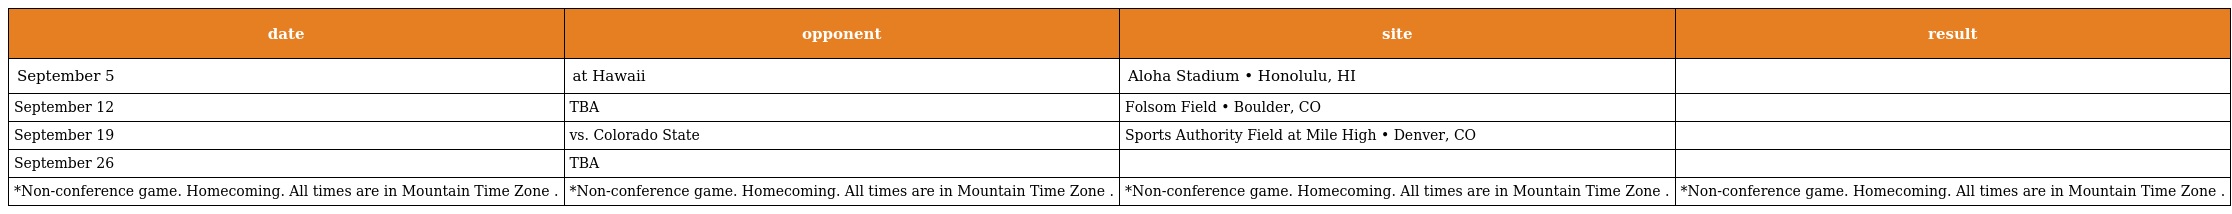
| date | opponent | site | result |
 | --- | --- | --- | --- |
 | September 5 | at Hawaii | Aloha Stadium • Honolulu, HI |  |
 | September 12 | TBA | Folsom Field • Boulder, CO |  |
 | September 19 | vs. Colorado State | Sports Authority Field at Mile High • Denver, CO |  |
 | September 26 | TBA |  |  |
 | *Non-conference game. Homecoming. All times are in Mountain Time Zone . | *Non-conference game. Homecoming. All times are in Mountain Time Zone . | *Non-conference game. Homecoming. All times are in Mountain Time Zone . | *Non-conference game. Homecoming. All times are in Mountain Time Zone . |